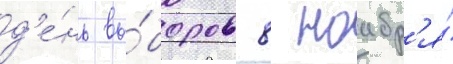
д'е́нь вы́боров 8 ноабр'я́